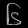
Digit: ၆